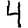
Digit: 4